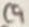
Text: C9